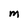
Character: M